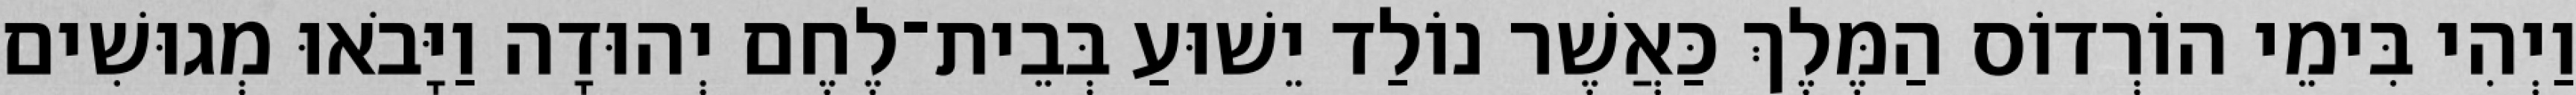
וַיְהִי בִּימֵי הוֹרְדוֹס הַמֶּלֶךְ כַּאֲשֶׁר נוֹלַד יֵשׁוּעַ בְּבֵית־לֶחֶם יְהוּדָה וַיָּבֹאוּ מְגוּשִׁים